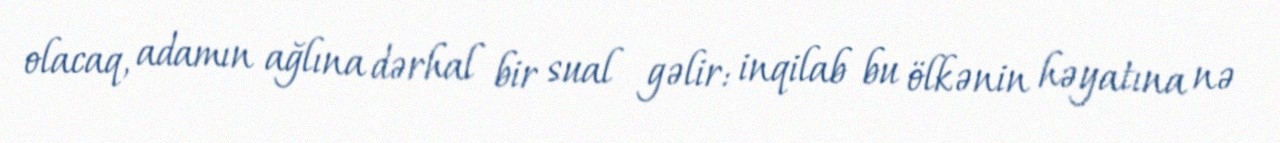
olacaq, adamın ağlına dərhal bir sual gəlir: inqilab bu ölkənin həyatına nə